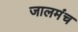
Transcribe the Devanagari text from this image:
जालमंच